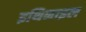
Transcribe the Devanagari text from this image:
इथिनाइल